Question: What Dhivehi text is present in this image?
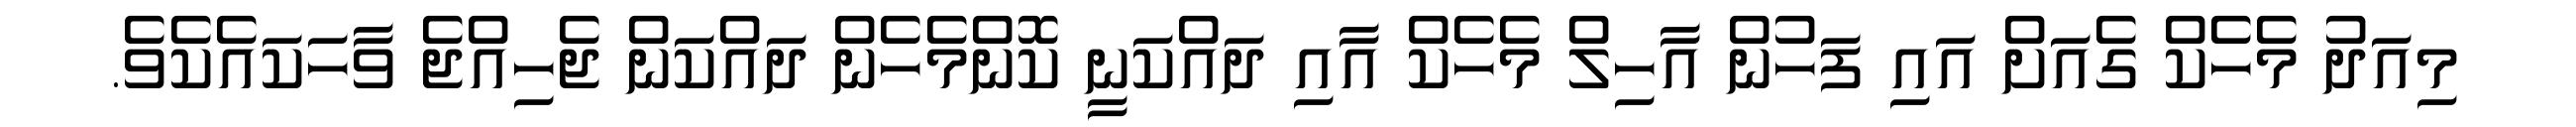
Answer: މިއަދު މެހެކް ގެއަށް އައި ފަހުން އާހިލް މެހެކް އާއި ދައްކަނީ ކޮންމެހެން ދައްކަން ޖެހިއްޖެ ވާހަކައެކެވެ.